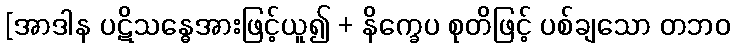
[အာဒါန ပဋိသန္ဓေအားဖြင့်ယူ၍ + နိက္ခေပ စုတိဖြင့် ပစ်ချသော တဘဝ